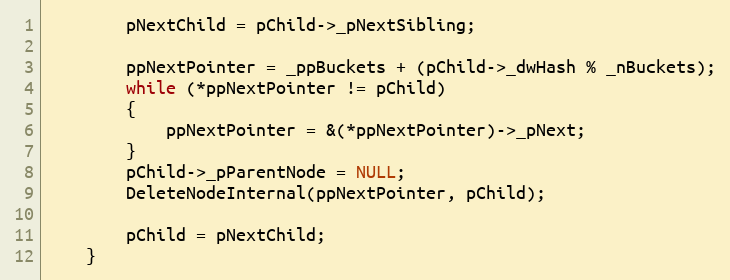
Language: C
        pNextChild = pChild->_pNextSibling;

        ppNextPointer = _ppBuckets + (pChild->_dwHash % _nBuckets);
        while (*ppNextPointer != pChild)
        {
            ppNextPointer = &(*ppNextPointer)->_pNext;
        }
        pChild->_pParentNode = NULL;
        DeleteNodeInternal(ppNextPointer, pChild);

        pChild = pNextChild;
    }